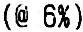
(@ 6%)